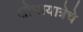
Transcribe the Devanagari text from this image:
शोभायात्रेचे